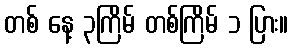
တစ် နေ့ ၃ကြိမ် တစ်ကြိမ် ၁ ပြား။